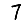
Digit: 7